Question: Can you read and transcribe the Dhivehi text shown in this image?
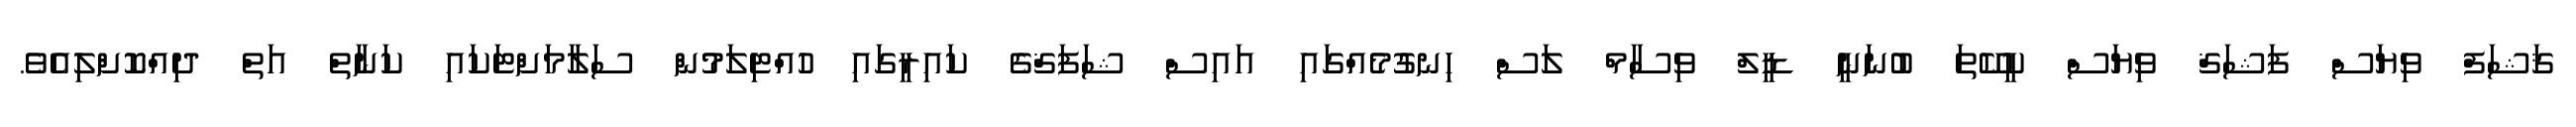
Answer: ޤަޝަފް ވިޔަސް ފަޝަޤް ވިޔަސް ކީކޭތަ ބުނަނީ ޑީލް ވިސާމް ލަސް ހިނގުމެއްގައި އައިސް ޝަފަޤްގެ ކައިރީގައި ހުއްޓިލަމުން ސަލާމަށްޓަކައި ކަނާތް އަތް ދިއްކޮށްލިއެވެ.